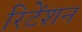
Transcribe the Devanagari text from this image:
रिटेंशन